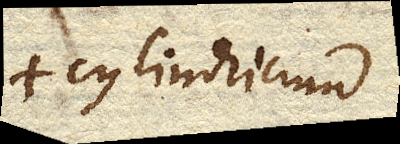
+ cylindricum